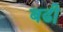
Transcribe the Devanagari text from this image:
बढी़